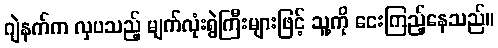
ဂျဲနက်က လှပသည့် မျက်လုံးရွဲကြီးများဖြင့် သူ့ကို ငေးကြည့်နေသည်။